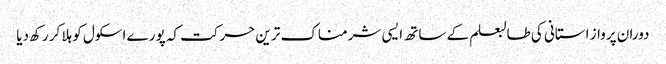
دوران پرواز استانی کی طالبعلم کے ساتھ ایسی شرمناک ترین حرکت کہ پورے اسکول کو ہلا کر رکھ دیا